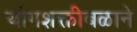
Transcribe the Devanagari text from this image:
योगशक्तीबळाने